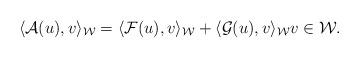
LaTeX: \begin{align*}\langle \mathcal{A}(u),v\rangle_{\mathcal{W}}=\langle \mathcal{F}(u),v\rangle_{\mathcal{W}} +\langle \mathcal{G}(u),v\rangle_{\mathcal{W}}v\in \mathcal{W}.\end{align*}